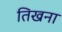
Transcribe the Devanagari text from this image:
तिखना